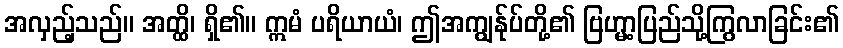
အလှည့်သည်။ အတ္ထိ၊ ရှိ၏။ ဣမံ ပရိယာယံ၊ ဤအကျွန်ုပ်တို့၏ ဗြဟ္မာ့ပြည်သို့ကြွလာခြင်း၏